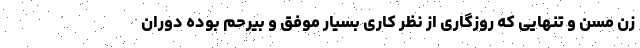
زن مسن و تنهایی که روزگاری از نظر کاری بسیار موفق و بیرحم بوده دوران